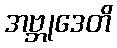
အဗ္ဘုဒေတိ